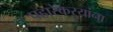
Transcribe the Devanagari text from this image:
पहारेकऱ्यांना